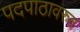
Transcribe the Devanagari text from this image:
पदपाठावरुन